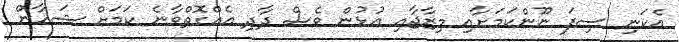
އެކަނި ސިފަ ނޫންކަމަށާއި މިޒާޖާއި އުޅުން ވެސް ދާދި އެއްގޮތްވާނެ ކަމަށް ޝަހާން